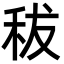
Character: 秡